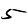
Digit: 5